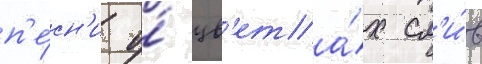
п'е́сн'и о́ цв'ета́х сл'и́в